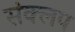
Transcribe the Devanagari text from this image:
संक्लप